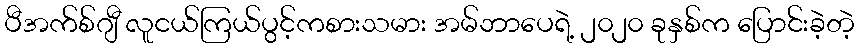
ပီအက်စ်ဂျီ လူငယ်ကြယ်ပွင့်ကစားသမား အမ်ဘာပေရဲ့ ၂၀၂၀ ခုနှစ်က ပြောင်းခဲ့တဲ့